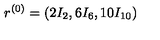
r ^ { ( 0 ) } = ( 2 I _ { 2 } , 6 I _ { 6 } , 1 0 I _ { 1 0 } )